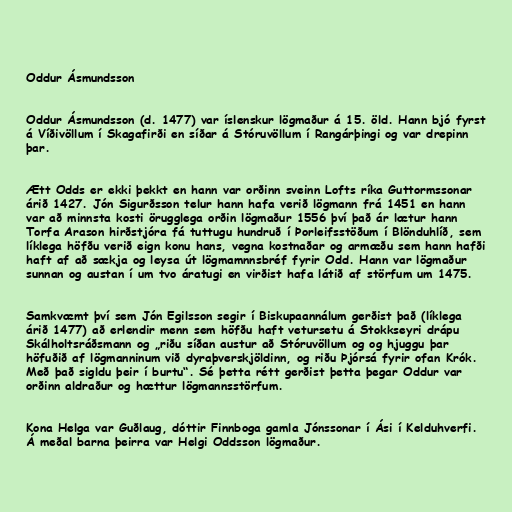
Oddur Ásmundsson

Oddur Ásmundsson (d. 1477) var íslenskur lögmaður á 15. öld. Hann bjó fyrst
á Víðivöllum í Skagafirði en síðar á Stóruvöllum í Rangárþingi og var drepinn
þar.

Ætt Odds er ekki þekkt en hann var orðinn sveinn Lofts ríka Guttormssonar
árið 1427. Jón Sigurðsson telur hann hafa verið lögmann frá 1451 en hann
var að minnsta kosti örugglega orðin lögmaður 1556 því það ár lætur hann
Torfa Arason hirðstjóra fá tuttugu hundruð í Þorleifsstöðum í Blönduhlíð, sem
líklega höfðu verið eign konu hans, vegna kostnaðar og armæðu sem hann hafði
haft af að sækja og leysa út lögmamnnsbréf fyrir Odd. Hann var lögmaður
sunnan og austan í um tvo áratugi en virðist hafa látið af störfum um 1475.

Samkvæmt því sem Jón Egilsson segir í Biskupaannálum gerðist það (líklega
árið 1477) að erlendir menn sem höfðu haft vetursetu á Stokkseyri drápu
Skálholtsráðsmann og „riðu síðan austur að Stóruvöllum og og hjuggu þar
höfuðið af lögmanninum við dyraþverskjöldinn, og riðu Þjórsá fyrir ofan Krók.
Með það sigldu þeir í burtu“. Sé þetta rétt gerðist þetta þegar Oddur var
orðinn aldraður og hættur lögmannsstörfum.

Kona Helga var Guðlaug, dóttir Finnboga gamla Jónssonar í Ási í Kelduhverfi.
Á meðal barna þeirra var Helgi Oddsson lögmaður.